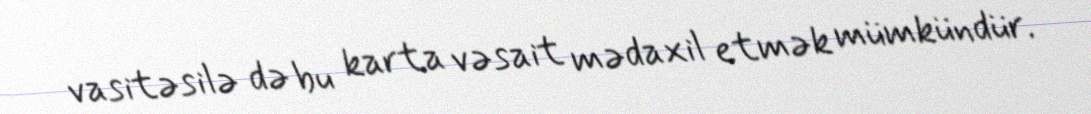
vasitəsilə də bu karta vəsait mədaxil etmək mümkündür.